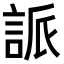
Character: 𮘌